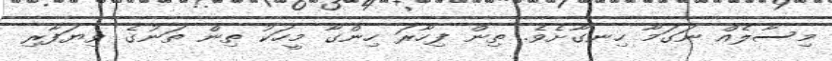
މިސާލެއް ނަގަމާ ހިނގާށެވެ. ތިން ފިހާރަ ހިންގާ މީހަކު ތިން ތަނުގެ ވިޔަފާރި